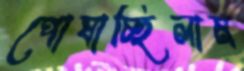
পোষাচ্ছিলাম